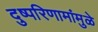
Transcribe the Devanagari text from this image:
दुष्परिणामांमुळे